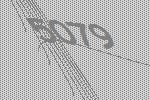
5079